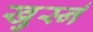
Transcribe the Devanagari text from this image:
खुर्स्न